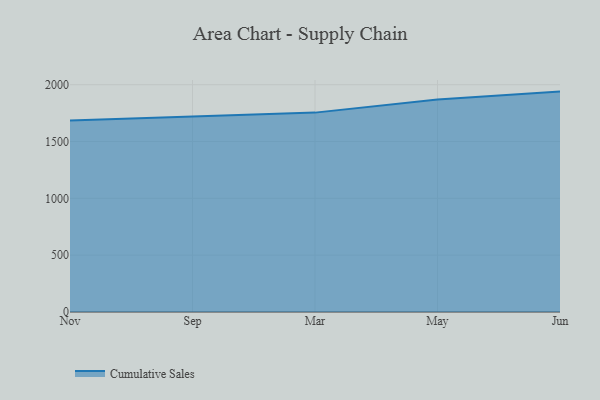
{"axis": {"x": "Month", "y": "Shipments"}, "legend": ["Cumulative Sales"], "data": [{"x": "Nov", "y": 1685.0, "type": "Cumulative Sales"}, {"x": "Sep", "y": 1718.8, "type": "Cumulative Sales"}, {"x": "Mar", "y": 1754.2, "type": "Cumulative Sales"}, {"x": "May", "y": 1870.1, "type": "Cumulative Sales"}, {"x": "Jun", "y": 1939.1, "type": "Cumulative Sales"}]}